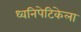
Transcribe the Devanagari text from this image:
ध्वनिपेटिकेला